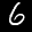
Label: 6